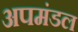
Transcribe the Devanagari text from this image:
अपमंडल